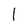
Character: l